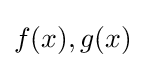
f(x),g(x)